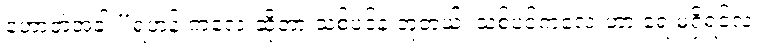
ဟောတဲ့အခါ “ရဟန်းကလေးဆိုတာ သစ်ပင်နဲ့ တူတယ်၊ သစ်ပင်ကလေးဟာ ရေ မရှိရင်လဲ